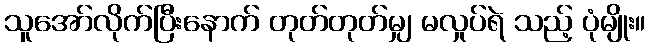
သူအော်လိုက်ပြီးနောက် တုတ်တုတ်မျှ မလှုပ်ရဲ သည့် ပုံမျိုး။